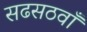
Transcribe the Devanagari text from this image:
सढसठवाँ